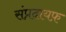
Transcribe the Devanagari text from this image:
संप्रदायफ़